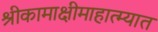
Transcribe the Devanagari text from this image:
श्रीकामाक्षीमाहात्म्यात